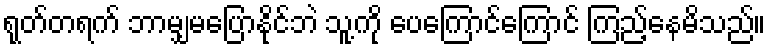
ရုတ်တရက် ဘာမျှမပြောနိုင်ဘဲ သူ့ကို ပေကြောင်ကြောင် ကြည့်နေမိသည်။